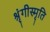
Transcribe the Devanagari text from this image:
श्रृंगीस्मृति